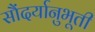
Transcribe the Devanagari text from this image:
सौंदर्यानुभूती